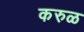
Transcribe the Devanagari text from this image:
करुळ